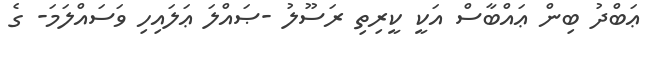
ޢަބްދު ބިން ޢައްބާސް އަކީ ކީރިތި ރަސޫލު -ޞައްލަ ޢަލައިހި ވަސައްލަމަ- ގެ